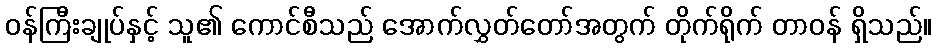
ဝန်ကြီးချုပ်နှင့် သူ၏ ကောင်စီသည် အောက်လွှတ်တော်အတွက် တိုက်ရိုက် တာဝန် ရှိသည်။